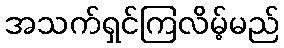
အသက်ရှင်ကြလိမ့်မည်